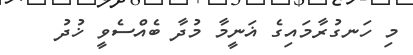
މި ހަނގުރާމައިގެ ޣަނީމާ މުދާ ބެއްސެވީ ޚުދު